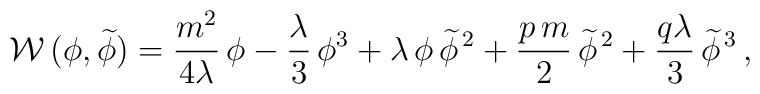
{\cal W}\,(\phi,\widetilde \phi) = \frac{m^2}{4\lambda} \,\phi-\frac{\lambda}{3} \,\phi^3 +\lambda\,\phi\,\widetilde\phi^{\,2}+\frac{p\,m}{2}\,\widetilde\phi^{\,2} +\frac{q\lambda}{3} \,\widetilde\phi^{\,3}\,,